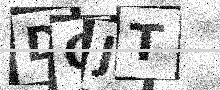
Text: DQJT